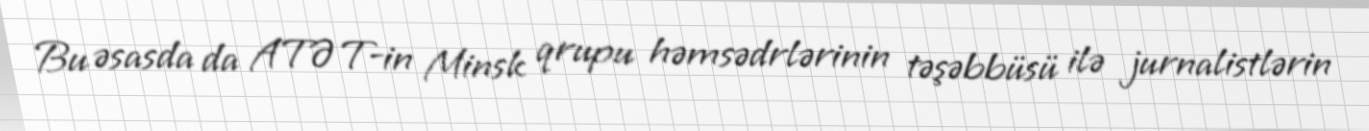
Bu əsasda da ATƏT-in Minsk qrupu həmsədrlərinin təşəbbüsü ilə jurnalistlərin